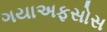
ગયાઅફસોસ